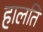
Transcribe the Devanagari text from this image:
हालति